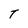
Character: T